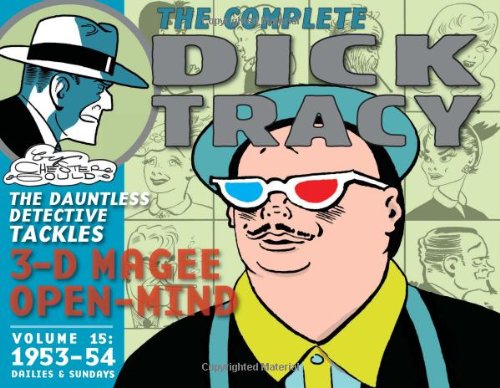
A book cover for Complete Chester Gould's Dick Tracy Volume 15 (Complete Dick Tracy); Chester Gould; Humor & Entertainment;